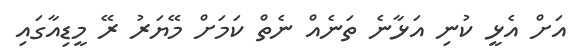
އަށް އެޅީ ކުނި އަޅާނެ ތަނެއް ނެތް ކަމަށް މޭޔަރު ރޭ މީޑިއާގައި